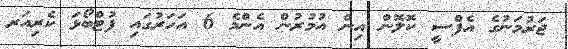
ޖަރުމަނުގެ އެފްސީ ކޮލޮން އިން އުމުރުން އެންމެ 6 އަހަރުގައި ފުޓްބޯޅަ ކެރިއަރ